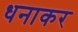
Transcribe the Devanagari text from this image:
धनाकर